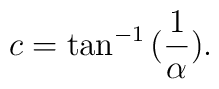
c =  \tan^{-1}{(\frac{1}{\alpha})}.